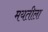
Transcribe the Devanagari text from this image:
मयतीला